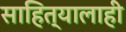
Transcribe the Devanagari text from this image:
साहित्यालाही